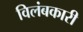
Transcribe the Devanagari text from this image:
विलंबकारी